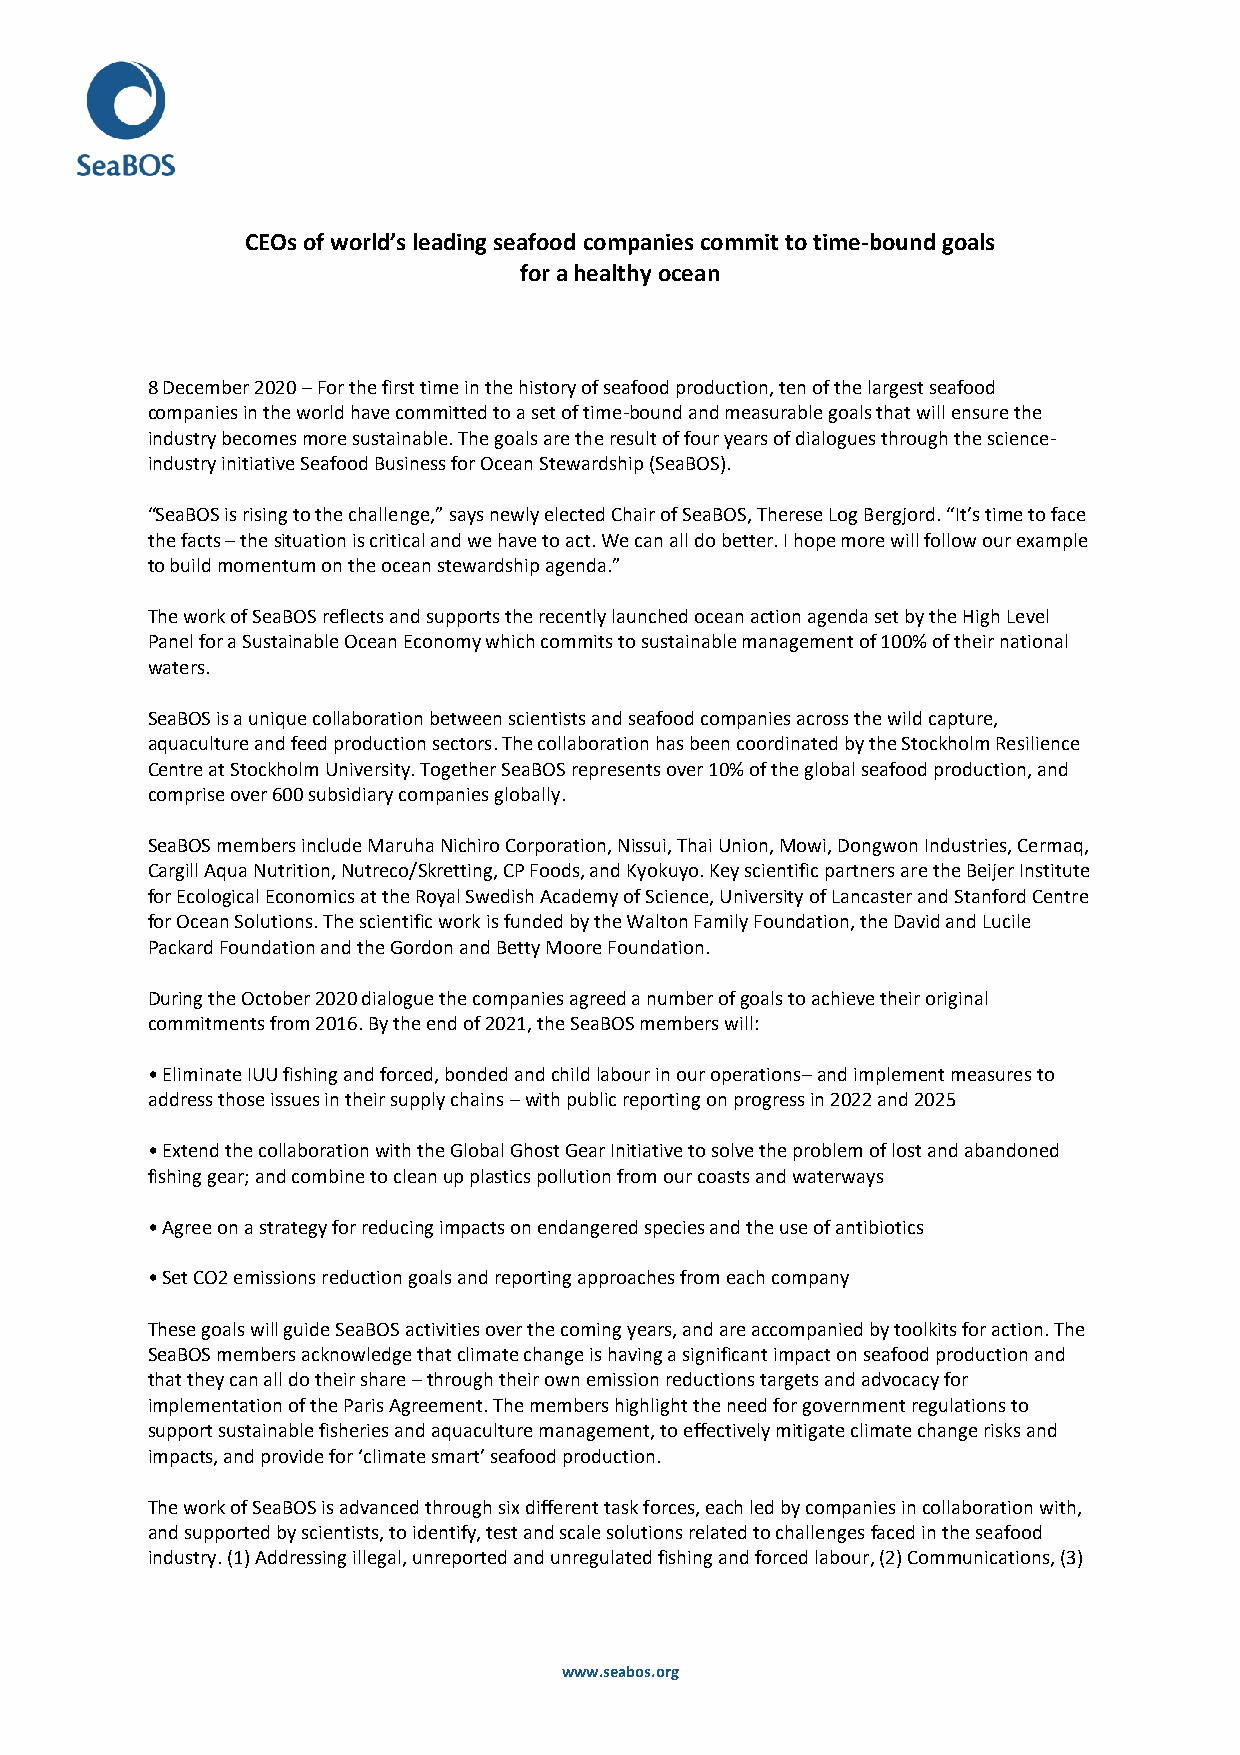
CEOs of world’s leading seafood companies commit to time-bound goals
 for a healthy ocean
 8 December 2020 – For the first time in the history of seafood production, ten of the largest seafood
 companies in the world have committed to a set of time-bound and measurable goals that will ensure the
 industry becomes more sustainable. The goals are the result of four years of dialogues through the science-
 industry initiative Seafood Business for Ocean Stewardship (SeaBOS).
 “SeaBOS is rising to the challenge,” says newly elected Chair of SeaBOS, Therese Log Bergjord. “It’s time to face
 the facts – the situation is critical and we have to act. We can all do better. I hope more will follow our example
 to build momentum on the ocean stewardship agenda.”
 The work of SeaBOS reflects and supports the recently launched ocean action agenda set by the High Level
 Panel for a Sustainable Ocean Economy which commits to sustainable management of 100% of their national
 waters.
 SeaBOS is a unique collaboration between scientists and seafood companies across the wild capture,
 aquaculture and feed production sectors. The collaboration has been coordinated by the Stockholm Resilience
 Centre at Stockholm University. Together SeaBOS represents over 10% of the global seafood production, and
 comprise over 600 subsidiary companies globally.
 SeaBOS members include Maruha Nichiro Corporation, Nissui, Thai Union, Mowi, Dongwon Industries, Cermaq,
 Cargill Aqua Nutrition, Nutreco/Skretting, CP Foods, and Kyokuyo. Key scientific partners are the Beijer Institute
 for Ecological Economics at the Royal Swedish Academy of Science, University of Lancaster and Stanford Centre
 for Ocean Solutions. The scientific work is funded by the Walton Family Foundation, the David and Lucile
 Packard Foundation and the Gordon and Betty Moore Foundation.
 During the October 2020 dialogue the companies agreed a number of goals to achieve their original
 commitments from 2016. By the end of 2021, the SeaBOS members will:
 • Eliminate IUU fishing and forced, bonded and child labour in our operations– and implement measures to
 address those issues in their supply chains – with public reporting on progress in 2022 and 2025
 • Extend the collaboration with the Global Ghost Gear Initiative to solve the problem of lost and abandoned
 fishing gear; and combine to clean up plastics pollution from our coasts and waterways
 • Agree on a strategy for reducing impacts on endangered species and the use of antibiotics
 • Set CO2 emissions reduction goals and reporting approaches from each company
 These goals will guide SeaBOS activities over the coming years, and are accompanied by toolkits for action. The
 SeaBOS members acknowledge that climate change is having a significant impact on seafood production and
 that they can all do their share – through their own emission reductions targets and advocacy for
 implementation of the Paris Agreement. The members highlight the need for government regulations to
 support sustainable fisheries and aquaculture management, to effectively mitigate climate change risks and
 impacts, and provide for ‘climate smart’ seafood production.
 The work of SeaBOS is advanced through six different task forces, each led by companies in collaboration with,
 and supported by scientists, to identify, test and scale solutions related to challenges faced in the seafood
 industry. (1) Addressing illegal, unreported and unregulated fishing and forced labour, (2) Communications, (3)
 www.seabos.org